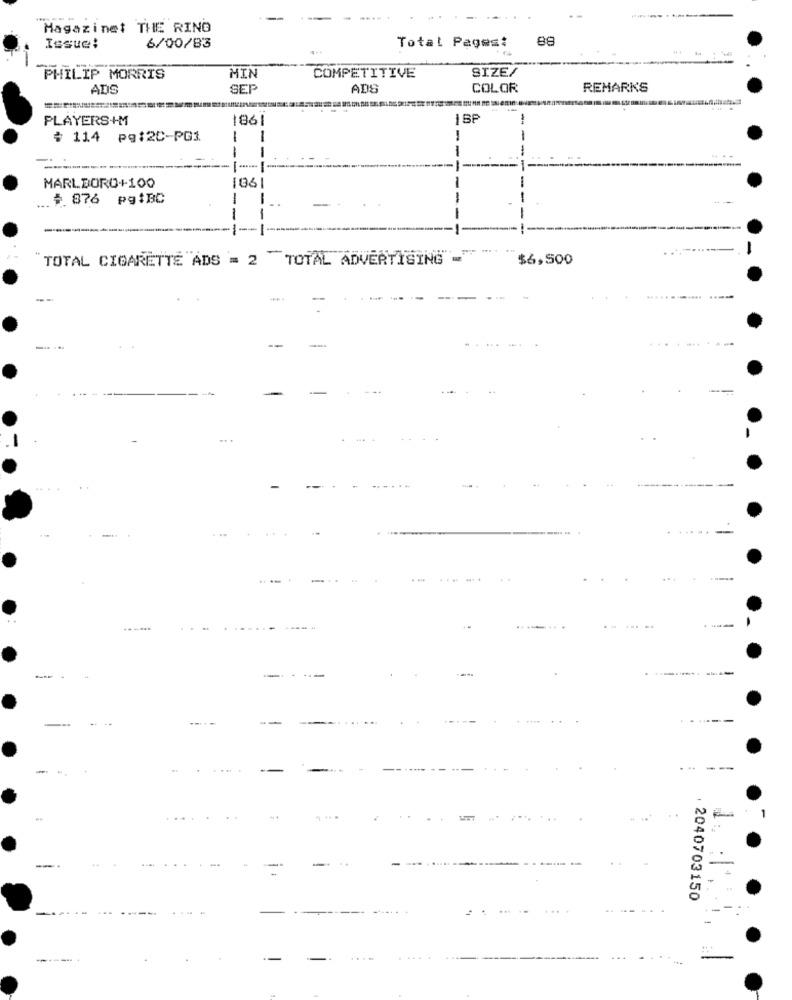
Magazinet THE RING
88
Issue:
6/00/83
Total Pages:
SIZE/
PHILIP MORRIS
MIN
COMPETITIVE
ADS
SEP
ADS
COLOR
REMARKS
PLAYERS+M
1861
$ 114
pq:20-PG1
-
-
-
MARLBORO+100
... $ 876 pgiBC
-
-
-
TOTAL CIGARETTE ADS = 2 TOTAL ADVERTISING -
$6,500
....-.---
--.
...
---
--
...
-
..
. 2040703150